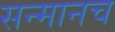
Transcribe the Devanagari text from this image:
सन्मानच